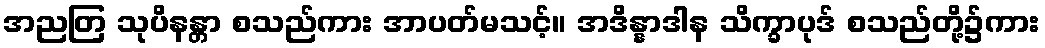
အညတြ သုပိနန္တာ စသည်ကား အာပတ်မသင့်။ အဒိန္နာဒါန သိက္ခာပုဒ် စသည်တို့၌ကား